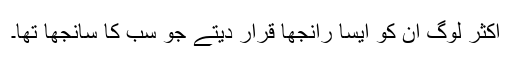
اکثر لوگ ان کو ایسا رانجھا قرار دیتے جو سب کا سانجھا تھا۔